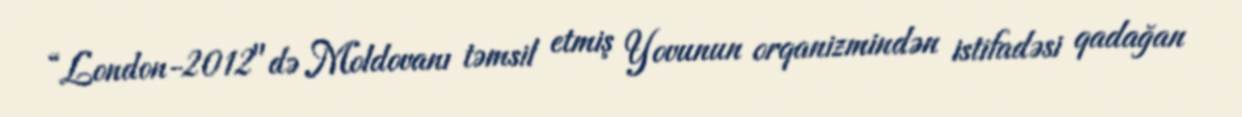
“London-2012"də Moldovanı təmsil etmiş Yovunun orqanizmindən istifadəsi qadağan